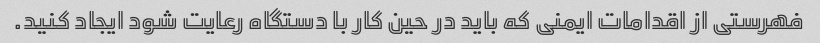
فهرستی از اقدامات ایمنی که باید در حین کار با دستگاه رعایت شود ایجاد کنید.